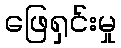
ဖြေရှင်းမှု